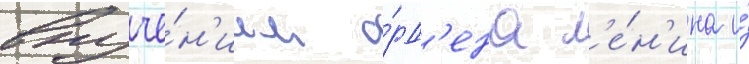
вруче́н'ием о́рд'ена л'е́н'ина и́